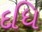
દધિ